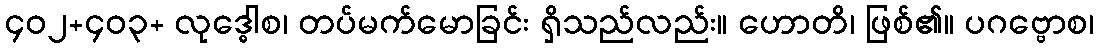
၄၀၂+၄၀၃+ လုဒ္ဓေါစ၊ တပ်မက်မောခြင်း ရှိသည်လည်း။ ဟောတိ၊ ဖြစ်၏။ ပဂဗ္ဗောစ၊